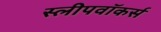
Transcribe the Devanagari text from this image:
स्लीपवॉकर्स